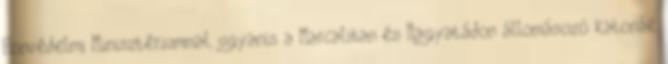
Honvédelmi Minisztériummal, ugyanis a Marcaliban és Nagyatádon állomásozó katonák